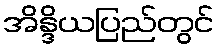
အိန္ဒိယပြည်တွင်